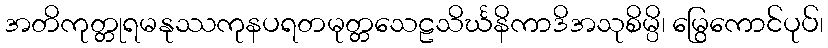
အတိကုတ္တုရမနုဿကုနပရတမုတ္တသေဠသိင်္ဃနိကာဒိအသုစိမ္ပိ၊ မြွေကောင်ပုပ်၊